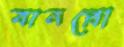
বানপ্রো